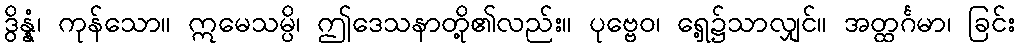
ဒွိန္နံ၊ ကုန်သော။ ဣမေသမ္ပိ၊ ဤဒေသနာတို့၏လည်း။ ပုဗ္ဗေဝ၊ ရှေ့၌သာလျှင်။ အတ္ထင်္ဂမာ၊ ခြင်း